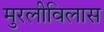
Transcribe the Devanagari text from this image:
मुरलीविलास